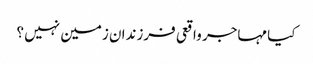
کیا مہاجر واقعی فرزندان زمین نہیں ؟